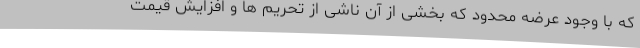
که با وجود عرضه محدود که بخشی از آن ناشی از تحریم ها و افزایش قیمت